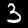
Digit: 3